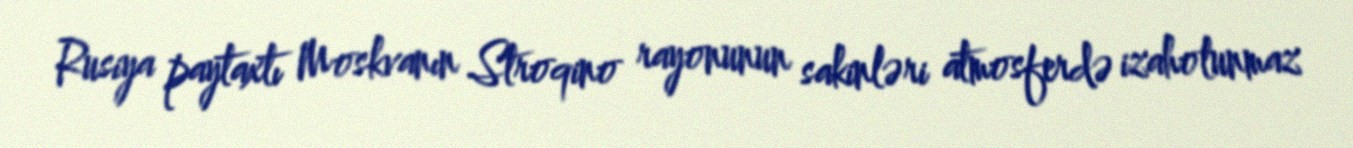
Rusiya paytaxtı Moskvanın Stroqino rayonunun sakinləri atmosferdə izaholunmaz